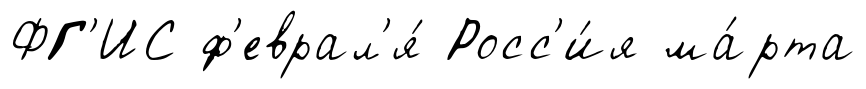
ФГ'ИС ф'еврал'я́ Росс'и́я ма́рта